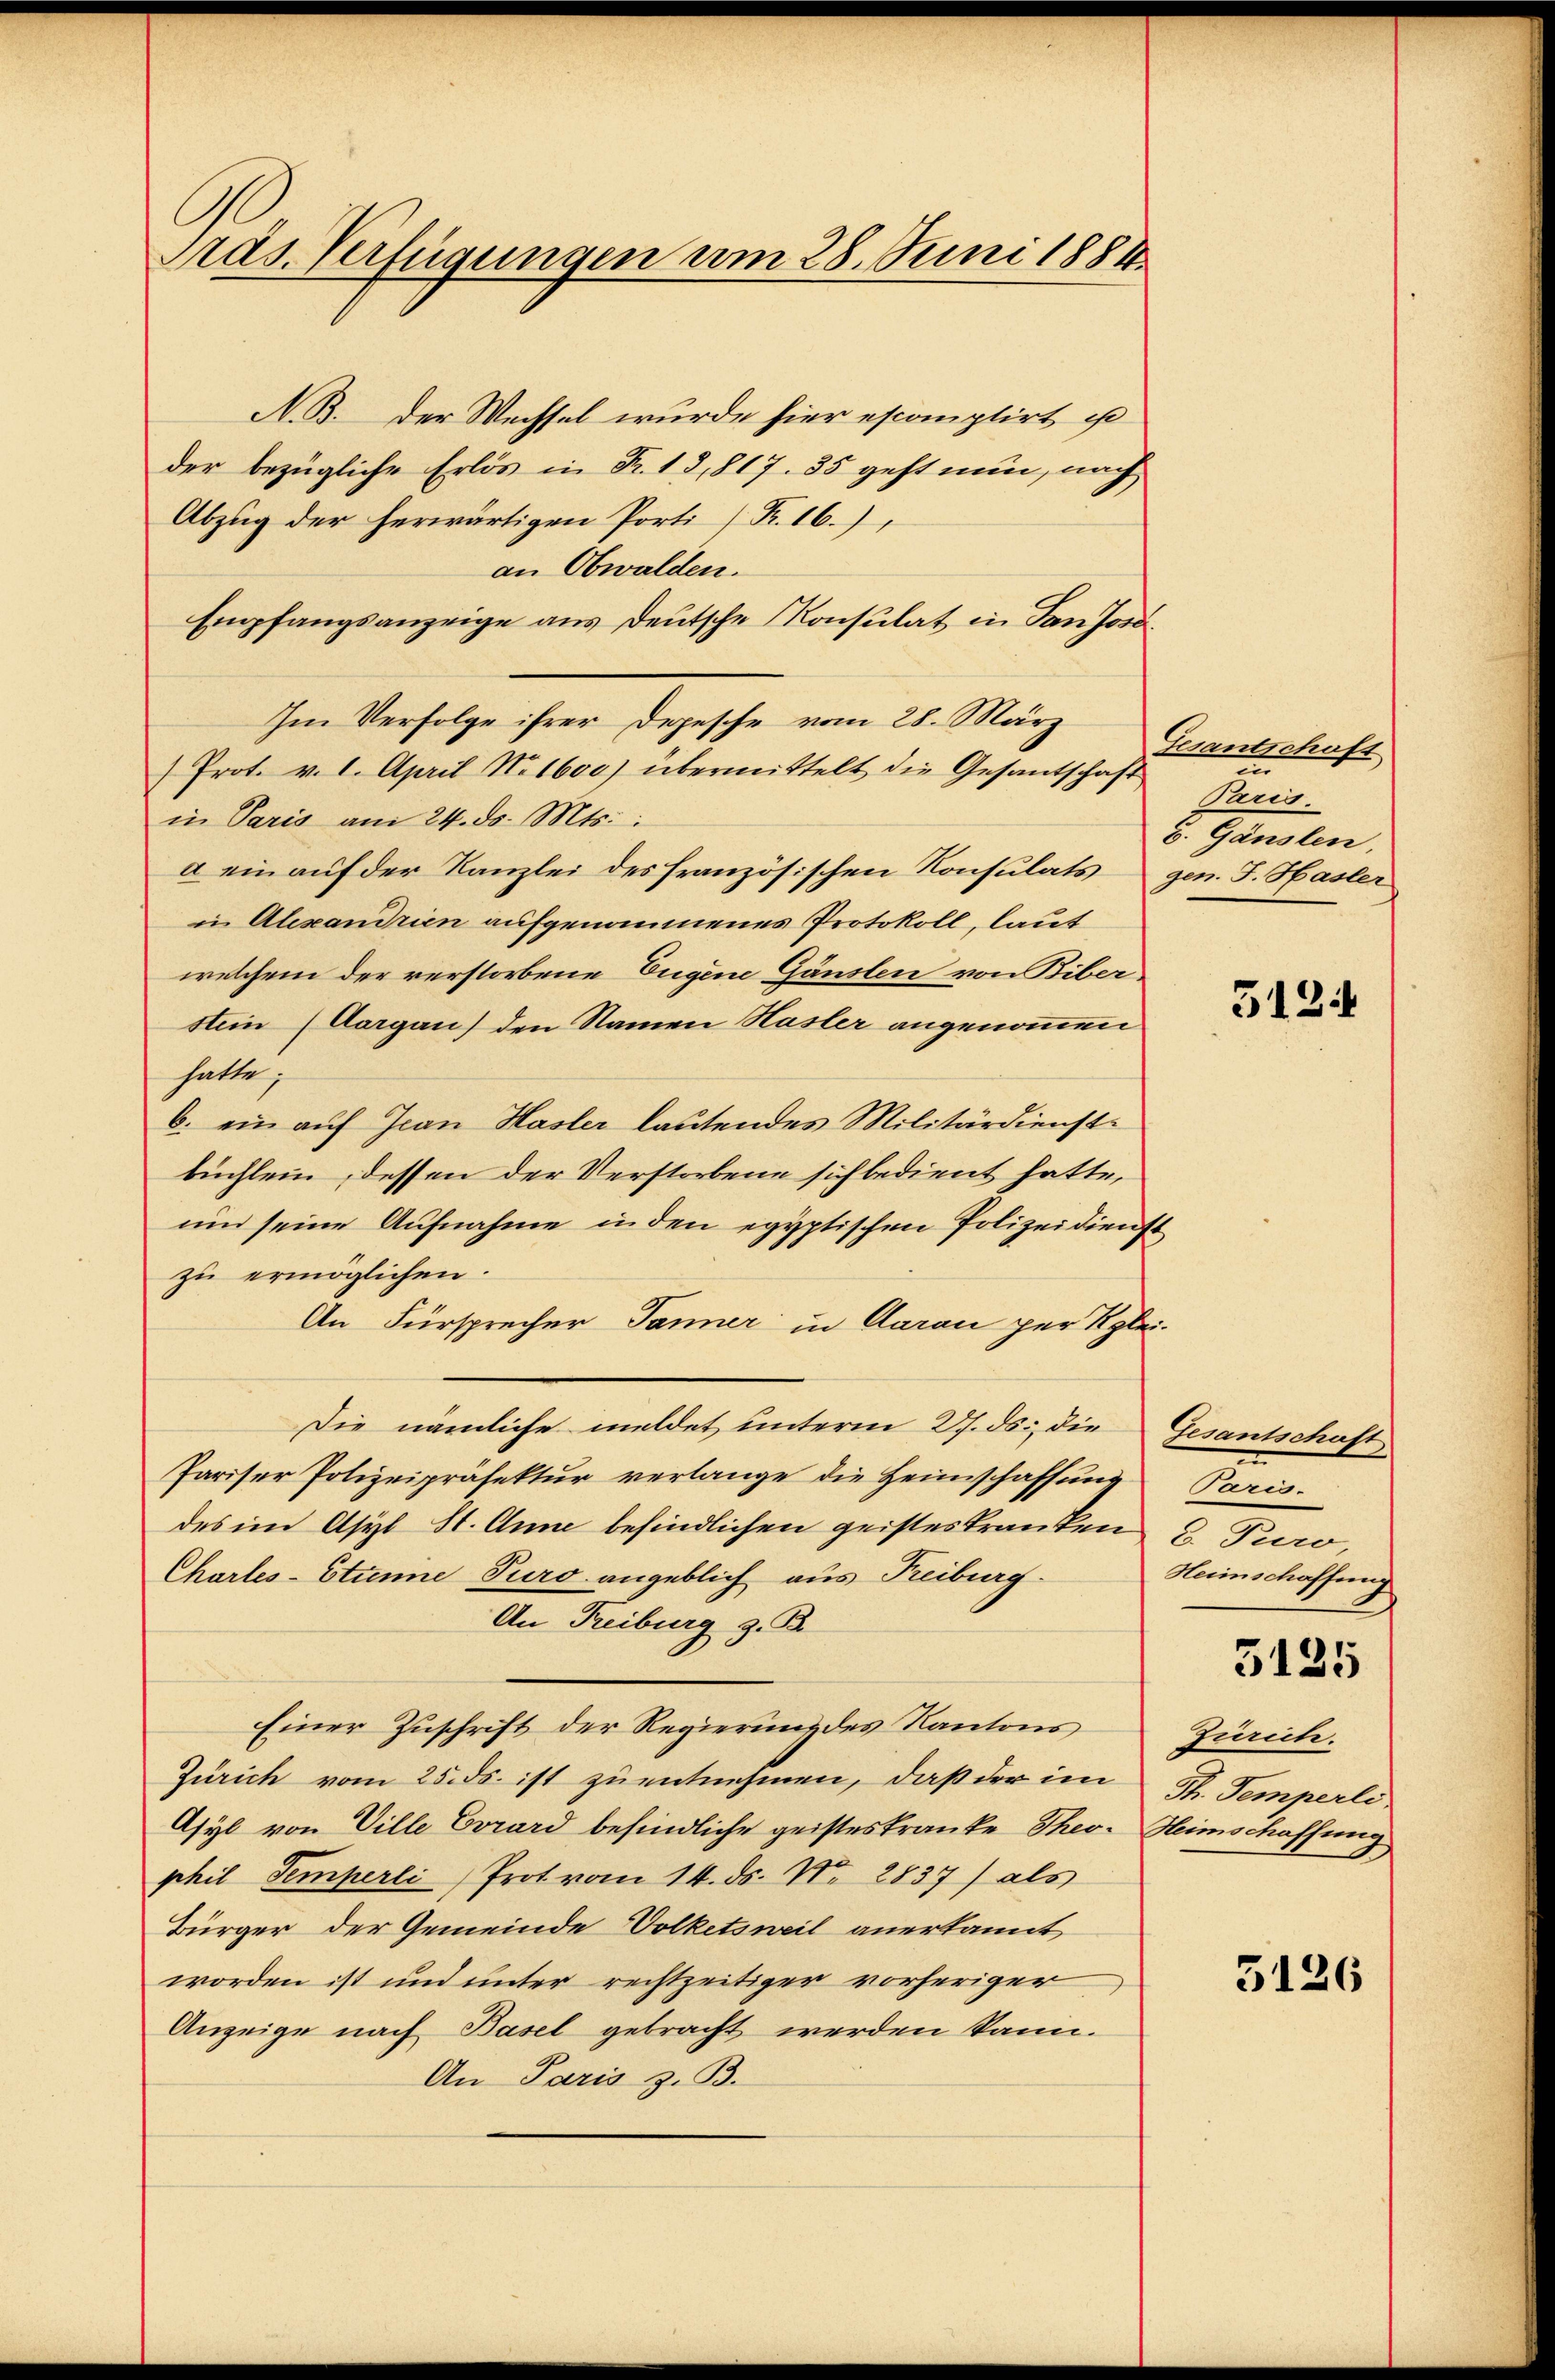
Pras. Verfügungen am 28. Juni 1884.

N.B. der Wechsel wurde hier escomptirt ist
der bezügliche Erlös in Fr. 13,817. 85 geht nun, nach
Abzug der herwärtigen Porti [Fr. 16.)
an Obwalden.
Empfangsanzeige aus deutsche Konsulat in San Jose
Im Verfolge ihrer Depesche vom 28. März
Prot. v. 1. April No 1600) übermittelt die Gesantschaft
in Paris am 24. ds. Mts.:
a ein auf der Kanzlei des französischen Konsulats gen. F. Hasler
in Alexandrien aufgenommenes Protokoll, laut
welchem der verstorbene Eugene Gänslen von Biberstein (Aargau) den Namen Hasler angenommen
hatte,
b. ein auf Jean Hasler lautendes Militärdienstbüchlein, dessen der Verstorbene sich bedient hatte,
um seine Aufnahme in den egyptischen Polizeidienst
zu ermöglichen.
An Fürsprecher Tanner in daran per Klei¬
Die nämliche meldet unterm 27. ds. die Gesantschaft
Pariser Polizeipräsektŭr verlange die Heimschaffung Paris.
des im Asyl St. Anna befindlichen geisteskranken u. Puro,
Chartes-Stinne Puro angeblich aus Freiburg.
An Freiburg z. B.
Einer Zuschrift der Regierung des Kantons
Zürich vom 25. ds ist zu entnehmen, daß der im St. Temperli
Asyl von Ville Evrard befindliche geisteskranke Theo- Heimschaffung
phil Semperli, Prot vom 14. ds. No. 2837) als
Bürger der Gemeinde Volketsweil anerkannt
worden ist und unter rechtzeitiger vorheriger
Anzeige nach Basel gebracht werden kann.
An Paris z. B.

Gesantschofs
in
Paris.
C. Gänslen,

5124

Herinschaffung
5125
Zürich.

5126